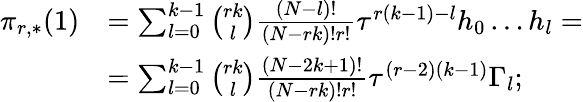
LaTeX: \begin{array}{rl}{\pi_{r,*}(1)}&{=\sum_{l=0}^{k-1}\binom{rk}{l}\frac{(N-l)!}{(N-rk)!r!}\tau^{r(k-1)-l}h_{0}\dots h_{l}=}\\ &{=\sum_{l=0}^{k-1}\binom{rk}{l}\frac{(N-2k+1)!}{(N-rk)!r!}\tau^{(r-2)(k-1)}\Gamma_{l};}\end{array}